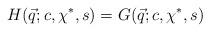
LaTeX: \begin{align*}H(\vec{q}; c,\chi^*,s) = G(\vec{q}; c,\chi^*,s)\end{align*}